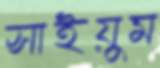
সাইয়ুম